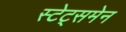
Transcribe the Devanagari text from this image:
स्‍टेट्समेन